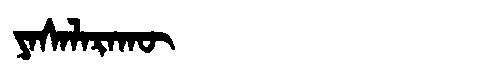
Manchu: ᠶᠠᠰᠠᠯᠠᡵᠠᡴᡡ
Romanization: YASALARAKŪ